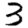
Digit: 3